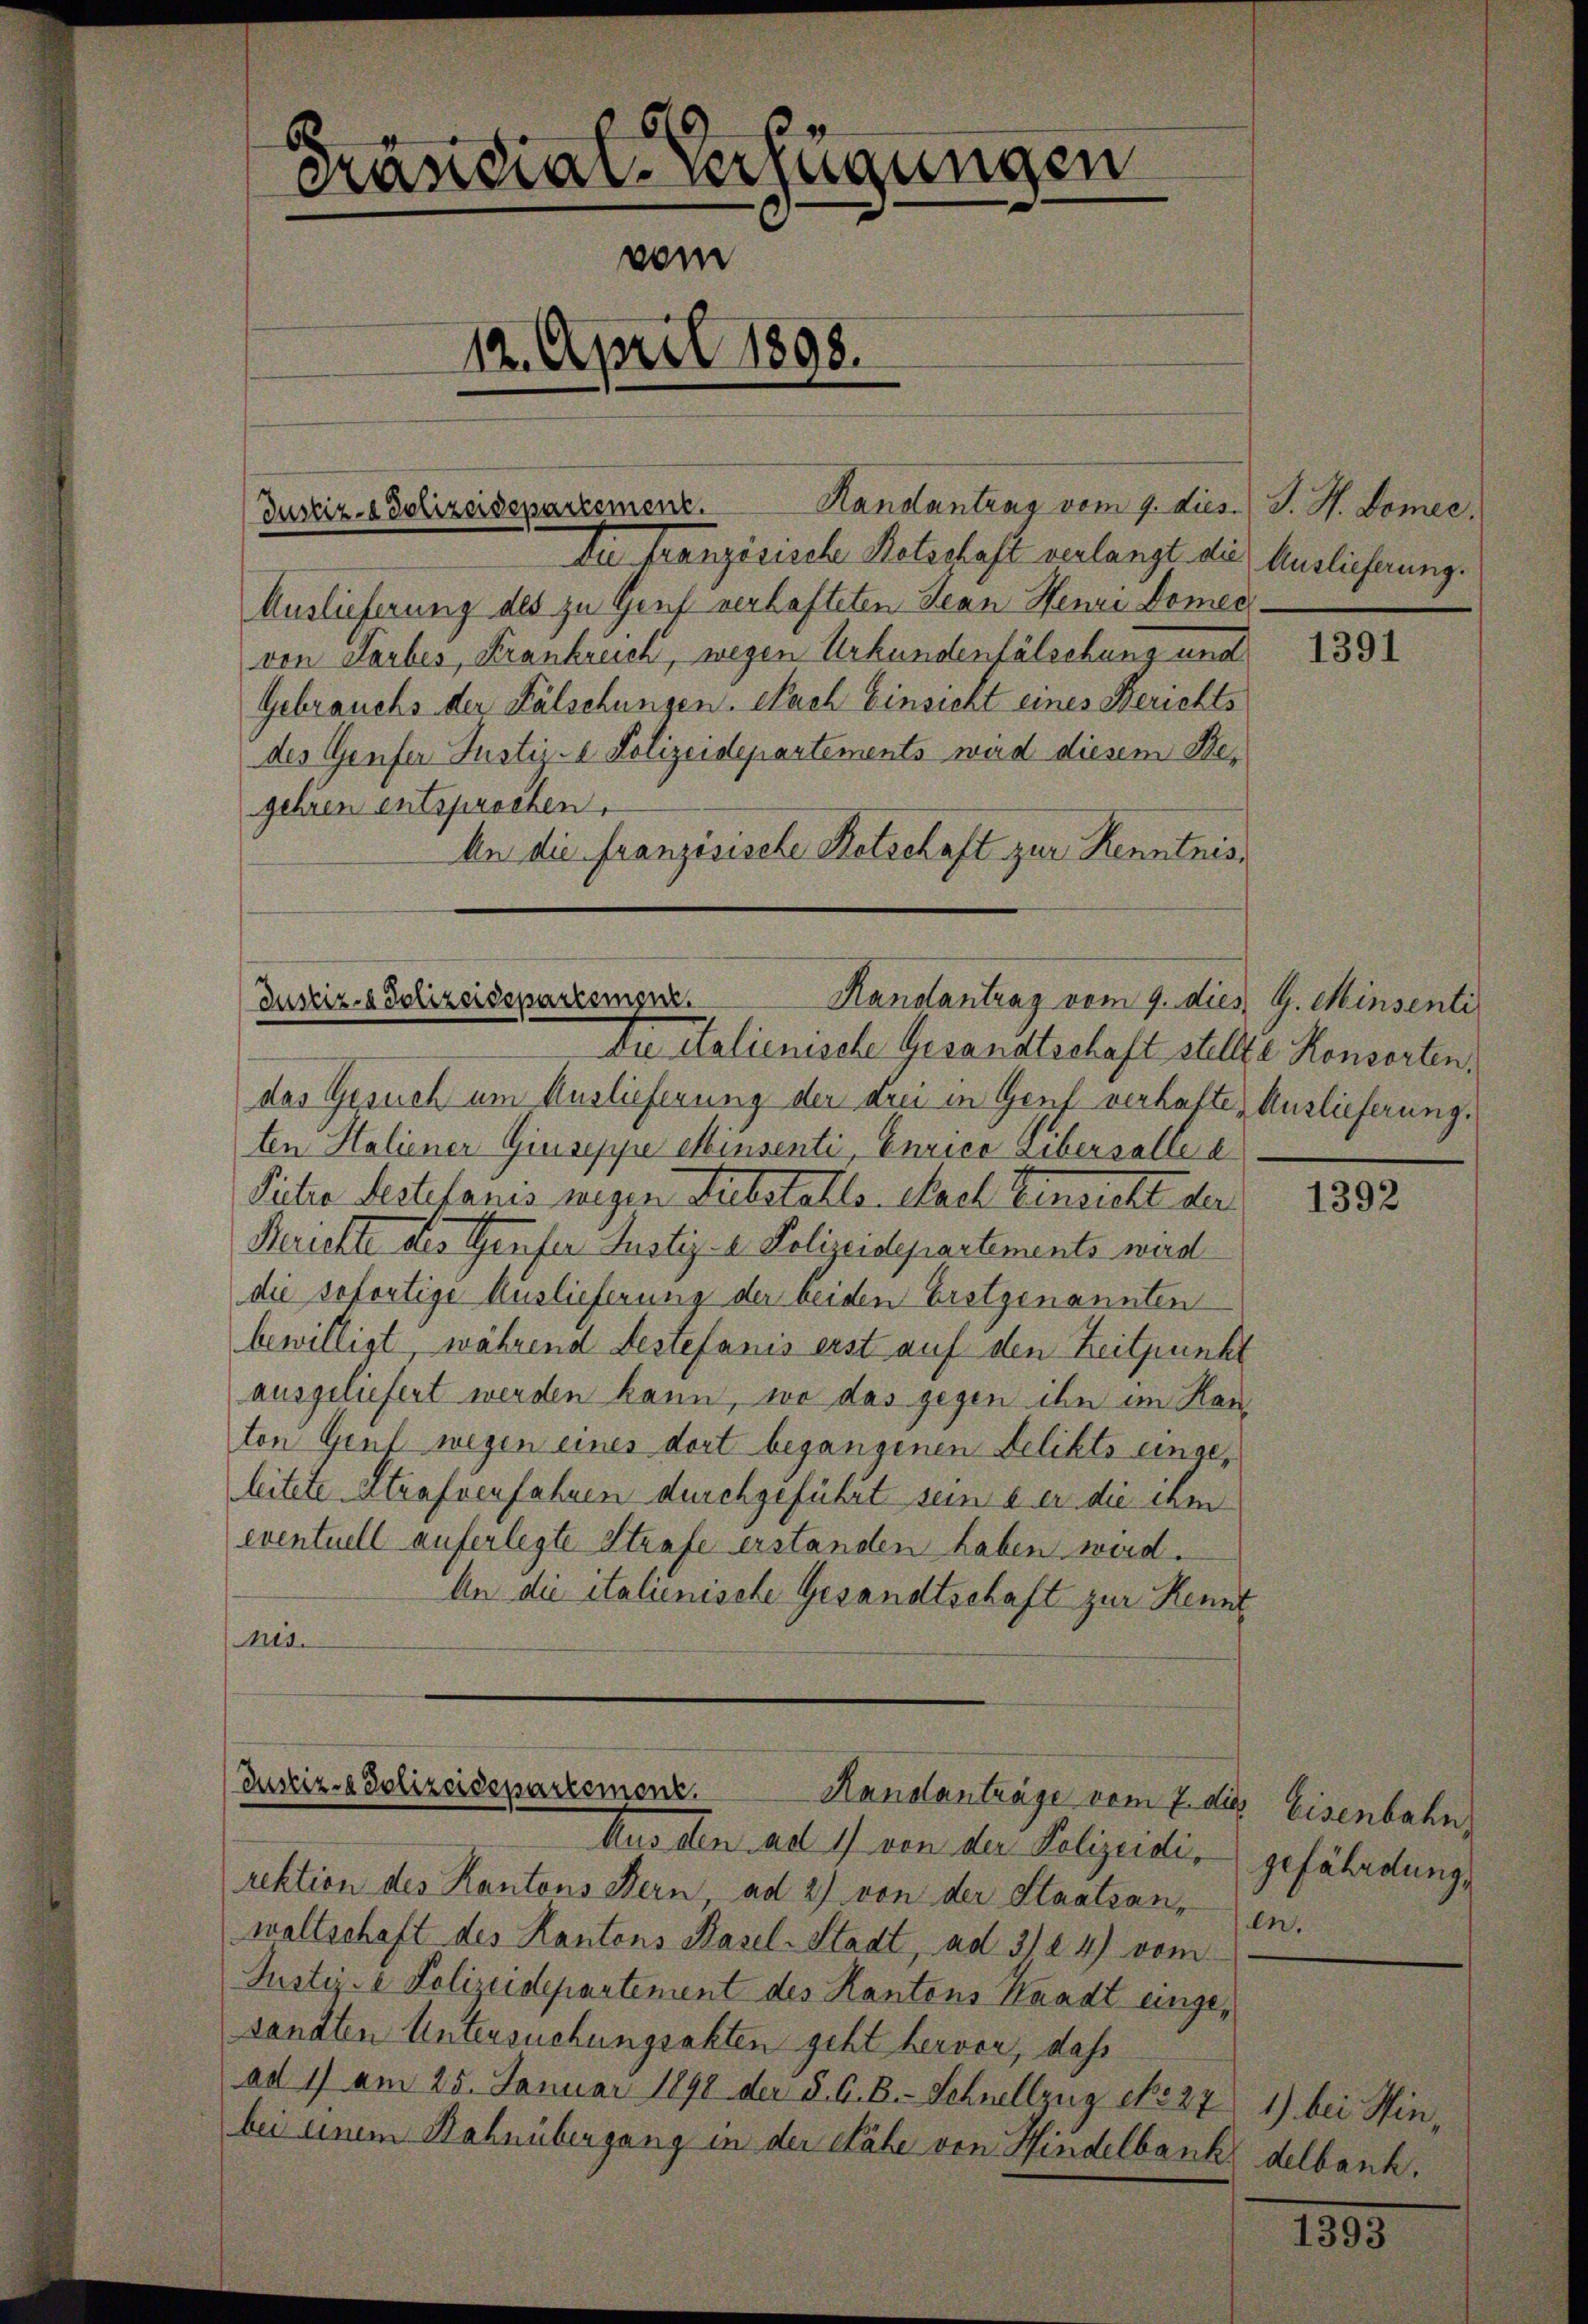
69
Präsidial-Verfügungen
vom
12. April 1898.

Justiz- & Polizeidepartement.

Handantrag vom 9. dies J. H. Domec.
Du französische Retschaft verlangt die Auslieferung.
Auslieferung des zu Genf verhafteten Jean Henri Domec
von Sarbes, Krankreich, wegen Urkundenfälschung und
Gebrauchs der Fälschungen. Nach Einsicht eines Berichts
des Genfer Justiz- & Polizeidepartements wird diesem Begehren entsprochen.
An die Französische Ketschaft zur Kenntnis¬

Justiz- & Polizeidepartement.
Randantrag vom 9. dies G. Minsenti
Du Italienische Gesandtschaft stellte Konserten,

das Gesuch um Auslieferung der drei in Genf verhalte, Auslieferung.
ten Haliener Giuseppe einsenti, Eurice Libersalle a
Patie festefanis wegen Substahles. Nach Einsicht der
Berichte des Genfer Justiz- & Polizeiderartements werd
die sofortige Auslieferung der beiden Erstgenannten
bewilligt, während destefanis erst auf den Zeitpunkt
ausgeliefert werden kann, wo das gegen ihn im Kanton Genf wegen eines dort begangenen Delikts eingeleitete Strafsenfahnen durchgeführt sein der die ihm
eventuell auferlegte Strafe erstanden haben wird.
An die italienische Gesandtschaft zur Kennt
mes.

Zustiz- & Polizeidepartement.
Randanträge vom 7. die

Aus den ad 1 von der Polizeidirektion des Kantons Bern, ad 2) von der Staatsan-
waltschaft des Kantons Basel-Stadt, ad 312 4) vom
Justiz- & Polizeidepartement des Kantons Handt eingesandten Untersuchungsakten geht hervor, das
ad 1) am 25. Januar 1890 der d. G. B. Schnellzug No 271) bei Hinbei einem Bahnübergang in der Nähe von Hindelbank delbank.

1391

1392

Eisenbahn
gefährdung,
en.

1393